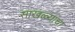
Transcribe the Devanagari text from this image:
साखळ्यांचा